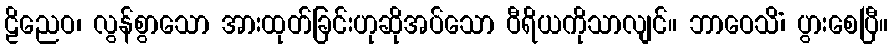
ဠိညေဝ၊ လွန်စွာသော အားထုတ်ခြင်းဟုဆိုအပ်သော ဝီရိယကိုသာလျင်။ ဘာဝေသိံ၊ ပွားစေပြီ။